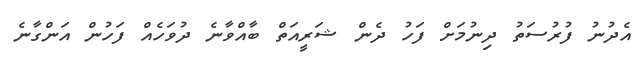
އެދުނު ފުރުސަތު ދިނުމަށް ފަހު ދެން ޝަރީއަތް ބާއްވާނެ ދުވަހެއް ފަހުން އަންގާނެ